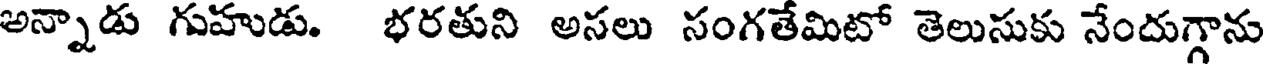
అన్నాడు గుహుడు. భరతుని అసలు సంగతేమిటో తెలుసుకు నేందుగ్గాను